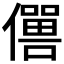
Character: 𠐠